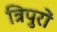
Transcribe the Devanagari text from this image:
त्रिपुरों